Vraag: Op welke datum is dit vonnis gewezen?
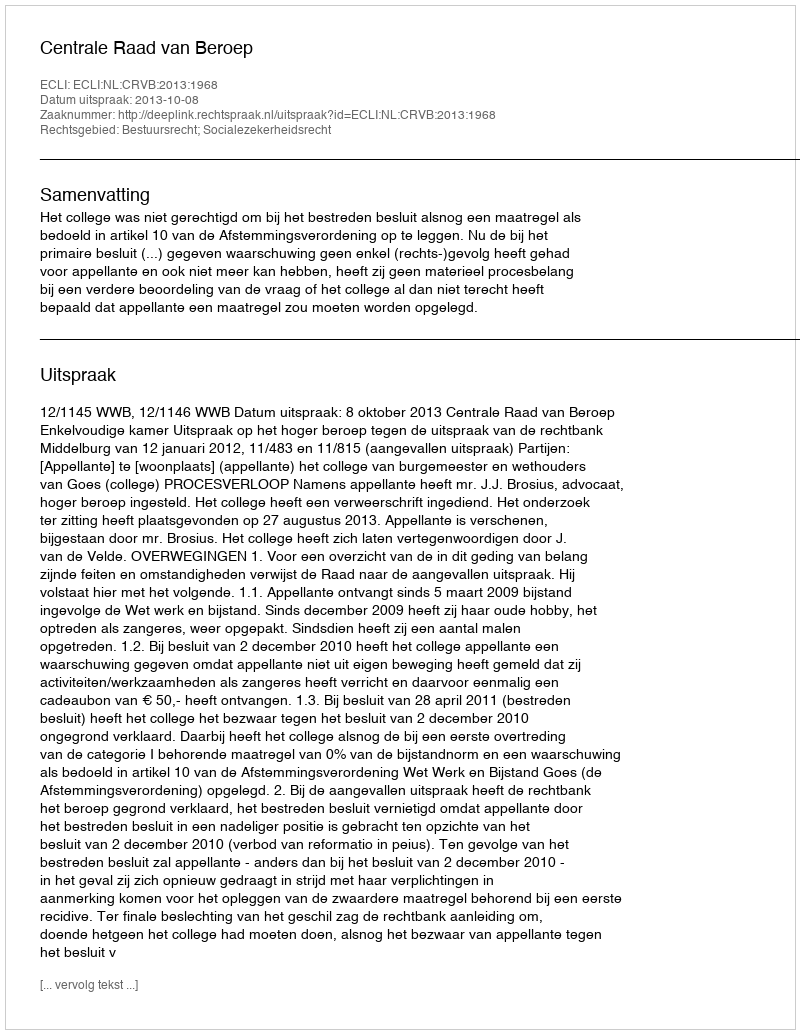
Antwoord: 2013-10-08